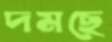
দমছে